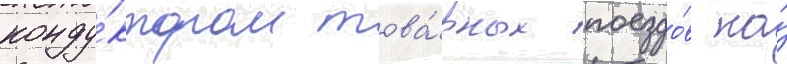
конду́ктором това́рных поездо́в на́